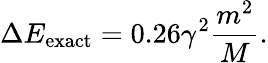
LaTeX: \Delta E_{\mathrm{exact}}=0.26\gamma^{2}\frac{m^{2}}{M}.